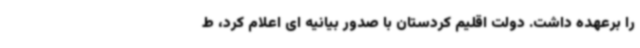
را برعهده داشت. دولت اقلیم کردستان با صدور بیانیه ای اعلام کرد، ط